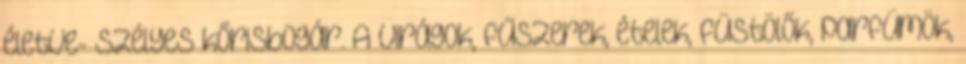
életve- szélyes kőrisbogár. A virágok, fűszerek, ételek, füstölők, parfümök,